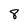
Character: 8